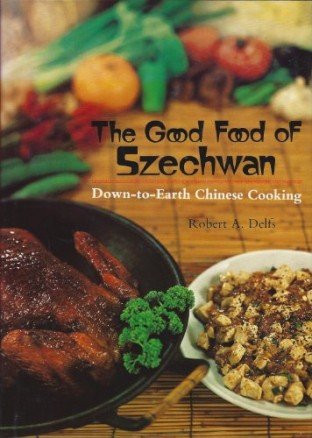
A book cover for The Good Food of Szechwan: Down-to-Earth Chinese Cooking; Robert A. Delfs; Cookbooks, Food & Wine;